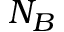
N _ { B }